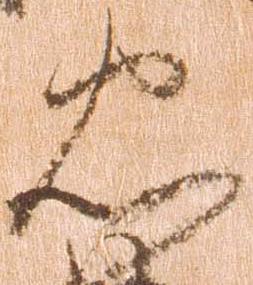
忠